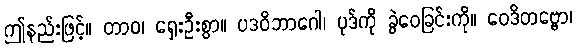
ဤနည်းဖြင့်။ တာဝ၊ ရှေးဦးစွာ။ ပဒဝိဘာဂေါ၊ ပုဒ်ကို ခွဲဝေခြင်းကို။ ဝေဒိတဗ္ဗော၊